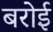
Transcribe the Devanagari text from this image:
बरोई